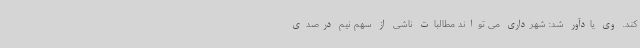
کند. وی یادآور شد: شهرداری می تواند مطالبات ناشی از سهم نیم درصدی